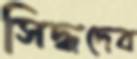
সিদ্ধদেব